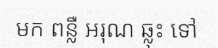
មក ពន្លឺ អរុណ ឆ្លុះ ទៅ